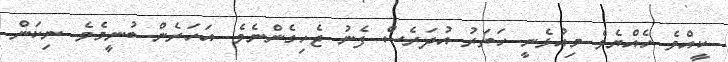
ކީއްވެ ހެއްޔެވެ މިއުޅެނީ ހަތަރު އުދަރެސް ފެނު ޖެހިގެންނެވެ. އަހަރެން ބުނީމެވެ. ނިކަން